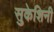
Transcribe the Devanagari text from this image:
सुकेशिनी